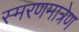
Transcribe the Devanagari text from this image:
स्मरणमात्रेण